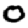
Digit: 0